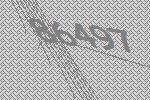
86497